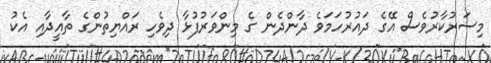
މިސަރުކާރުވެސް އޭގެ ދައުރުހަމަވެ ދާންދެން ގެ މިންވަރުފުޅާ ދިވެހި ރައްޔިތުންގެ ތާއީދާއި އެކު